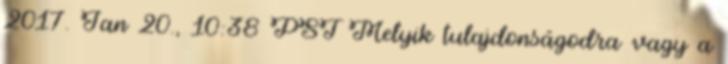
2017. Jan 20., 10:38 PST Melyik tulajdonságodra vagy a